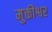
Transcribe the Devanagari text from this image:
मुक्तीश्वर